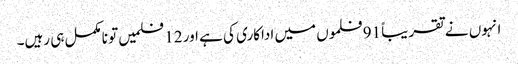
انہوں نے تقریباً 91 فلموں میں اداکاری کی ہے اور 12 فلمیں تو نامکمل ہی رہیں۔